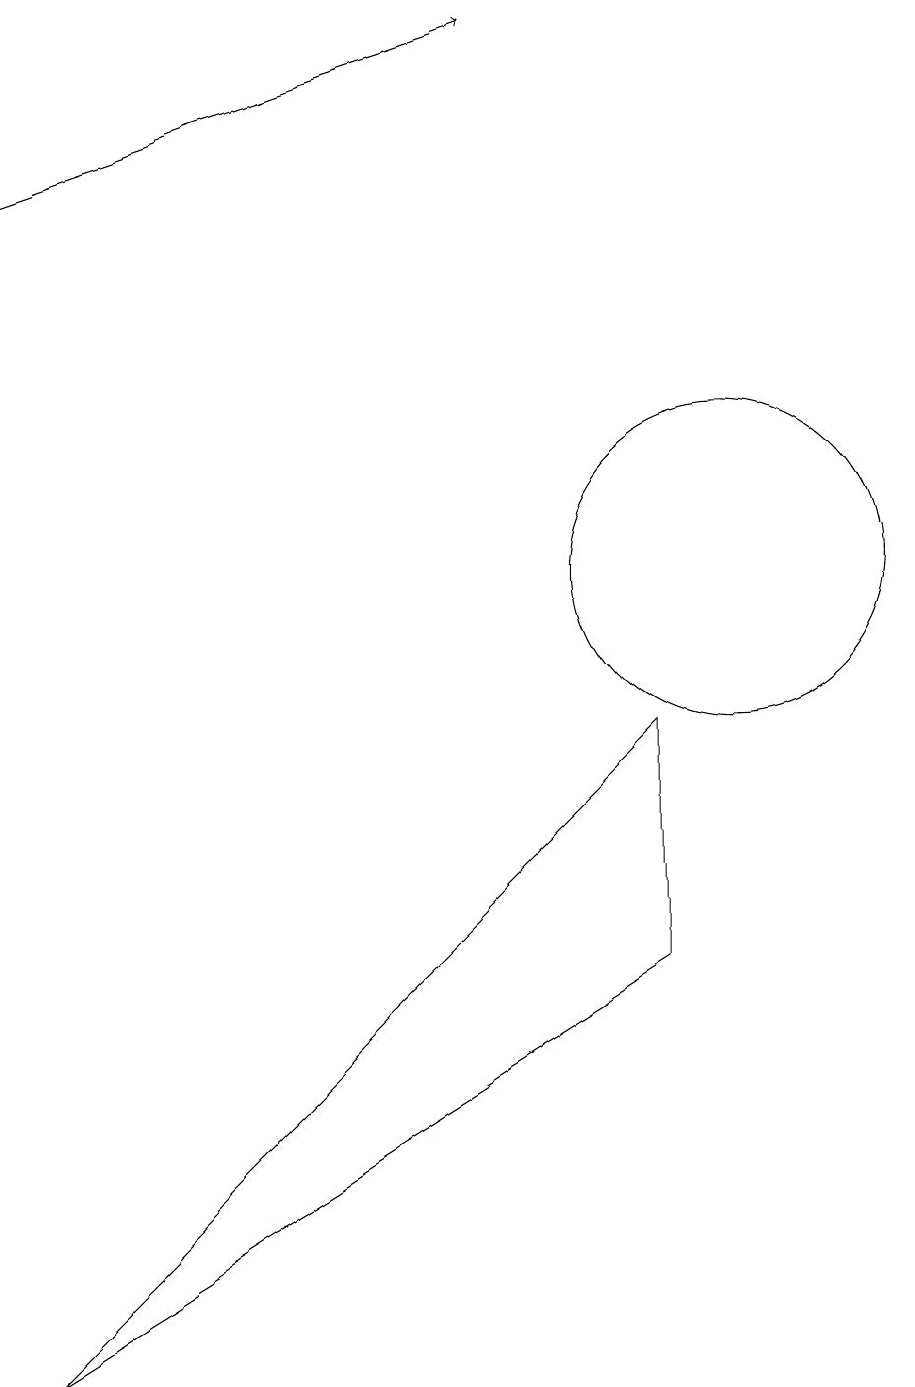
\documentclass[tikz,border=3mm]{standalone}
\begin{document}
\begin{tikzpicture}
\draw[->] (1,15) -- (7,17);
\draw (10,10) circle (2);
\draw (1,0) -- (9,8) -- (9,5) -- cycle;
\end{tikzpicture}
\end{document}